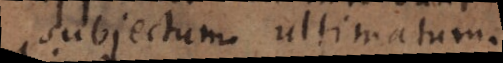
subjectum ultimatum.